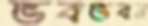
ভবভবন